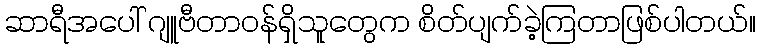
ဆာရီအပေါ် ဂျူဗီတာဝန်ရှိသူတွေက စိတ်ပျက်ခဲ့ကြတာဖြစ်ပါတယ်။